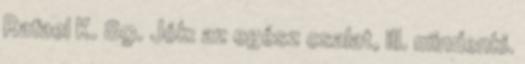
Rafael K. 89. Jók: az egész csalat, ill. mindenki.